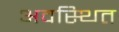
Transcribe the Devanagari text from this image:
अवस्‍थित